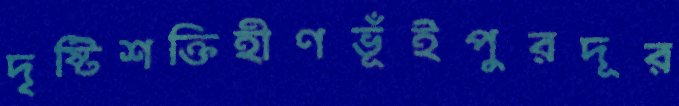
দৃষ্টিশক্তিহীণভূঁইপুরদূর